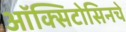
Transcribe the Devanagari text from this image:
ऑक्सिटोसिनचे